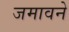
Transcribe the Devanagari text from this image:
जमावने